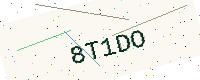
Text: 8T1DO